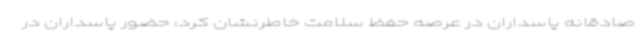
صادقانه پاسداران در عرصه حفظ سلامت خاطرنشان کرد: حضور پاسداران در